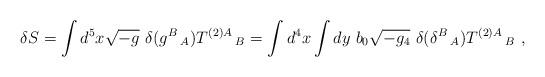
LaTeX: \begin{align*}\delta S = \int d^5x\sqrt{-g}~\delta(g^B\,_A)T^{(2)A}\,_B=\int d^4x \int dy ~b_0\sqrt{-g_4}~\delta(\delta^B\,_A)T^{(2)A}\,_B~,\end{align*}